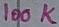
Text: 100K